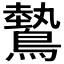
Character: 𬷮